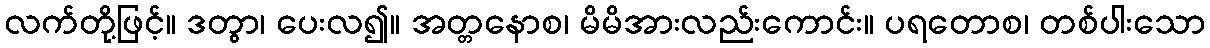
လက်တို့ဖြင့်။ ဒတွာ၊ ပေးလ၍။ အတ္တနောစ၊ မိမိအားလည်းကောင်း။ ပရတောစ၊ တစ်ပါးသော